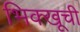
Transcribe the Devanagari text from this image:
भिक्खूची